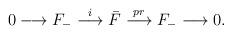
LaTeX: \begin{align*}0 \longrightarrow F_- \stackrel{i}{\longrightarrow} \bar{F} \stackrel{pr}{\longrightarrow} F_- \longrightarrow 0.\end{align*}